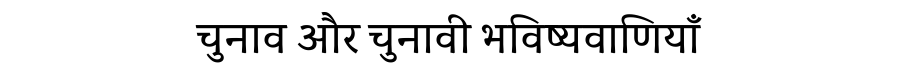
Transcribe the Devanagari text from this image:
चुनाव और चुनावी भविष्यवाणियाँ